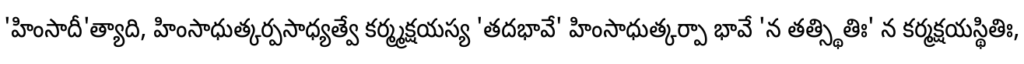
'హింసాదీ'త్యాది, హింసాధుత్కర్పసాధ్యత్వే కర్మ్మక్షయస్య 'తదభావే' హింసాధుత్కర్పా భావే 'న తత్స్థితిః' న కర్మక్షయస్థితిః,